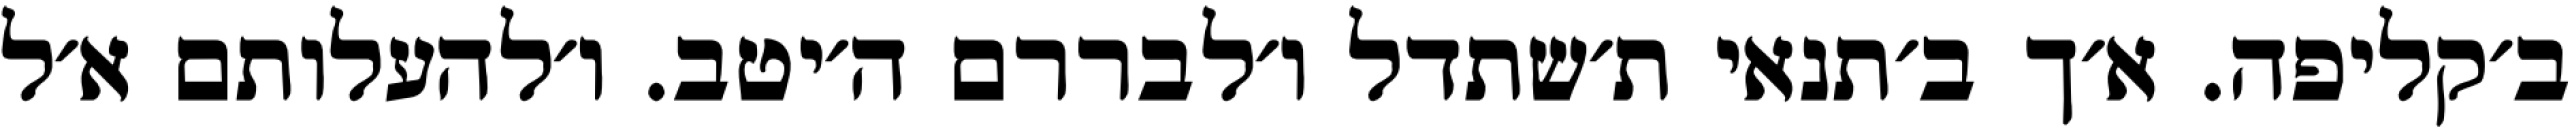
ב׳קליפה. א׳ך ב׳תנאי ת׳שתדל ו׳לבררם ה׳יטב. ו׳להעלותם א׳ל